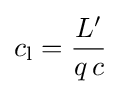
c_{\text{l}}={\frac {L^{\prime }}{q\,c}}